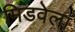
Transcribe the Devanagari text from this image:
मिडवेला